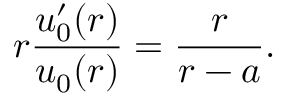
r \frac { u _ { 0 } ^ { \prime } ( r ) } { u _ { 0 } ( r ) } = \frac { r } { r - a } .